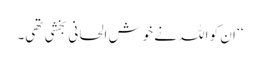
‘‘ ان کو اللہ نے خوش الحانی بخشی تھی۔